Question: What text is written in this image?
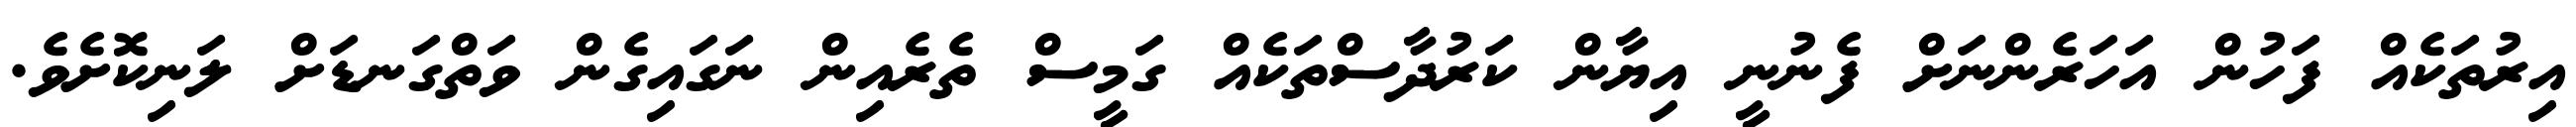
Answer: އިރުތަކެއް ފަހުން އަހަރެންނަށް ފެނުނީ އިޔާން ކަރުދާސްތަކެއް ގަމީސް ތެރެއިން ނަގައިގެން ވަތްގަނޑަށް ލަނިކޮށެވެ.